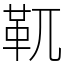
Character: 靰